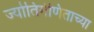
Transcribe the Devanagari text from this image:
ज्योतिर्गणिताच्या